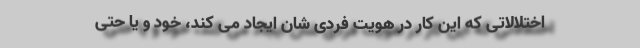
اختلالاتی که این کار در هویت فردی شان ایجاد می کند، خود و یا حتی